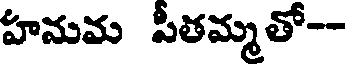
హమమ పీతమ్మతో--